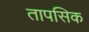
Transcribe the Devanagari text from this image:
तापसिक